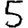
Digit: 5